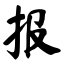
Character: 报